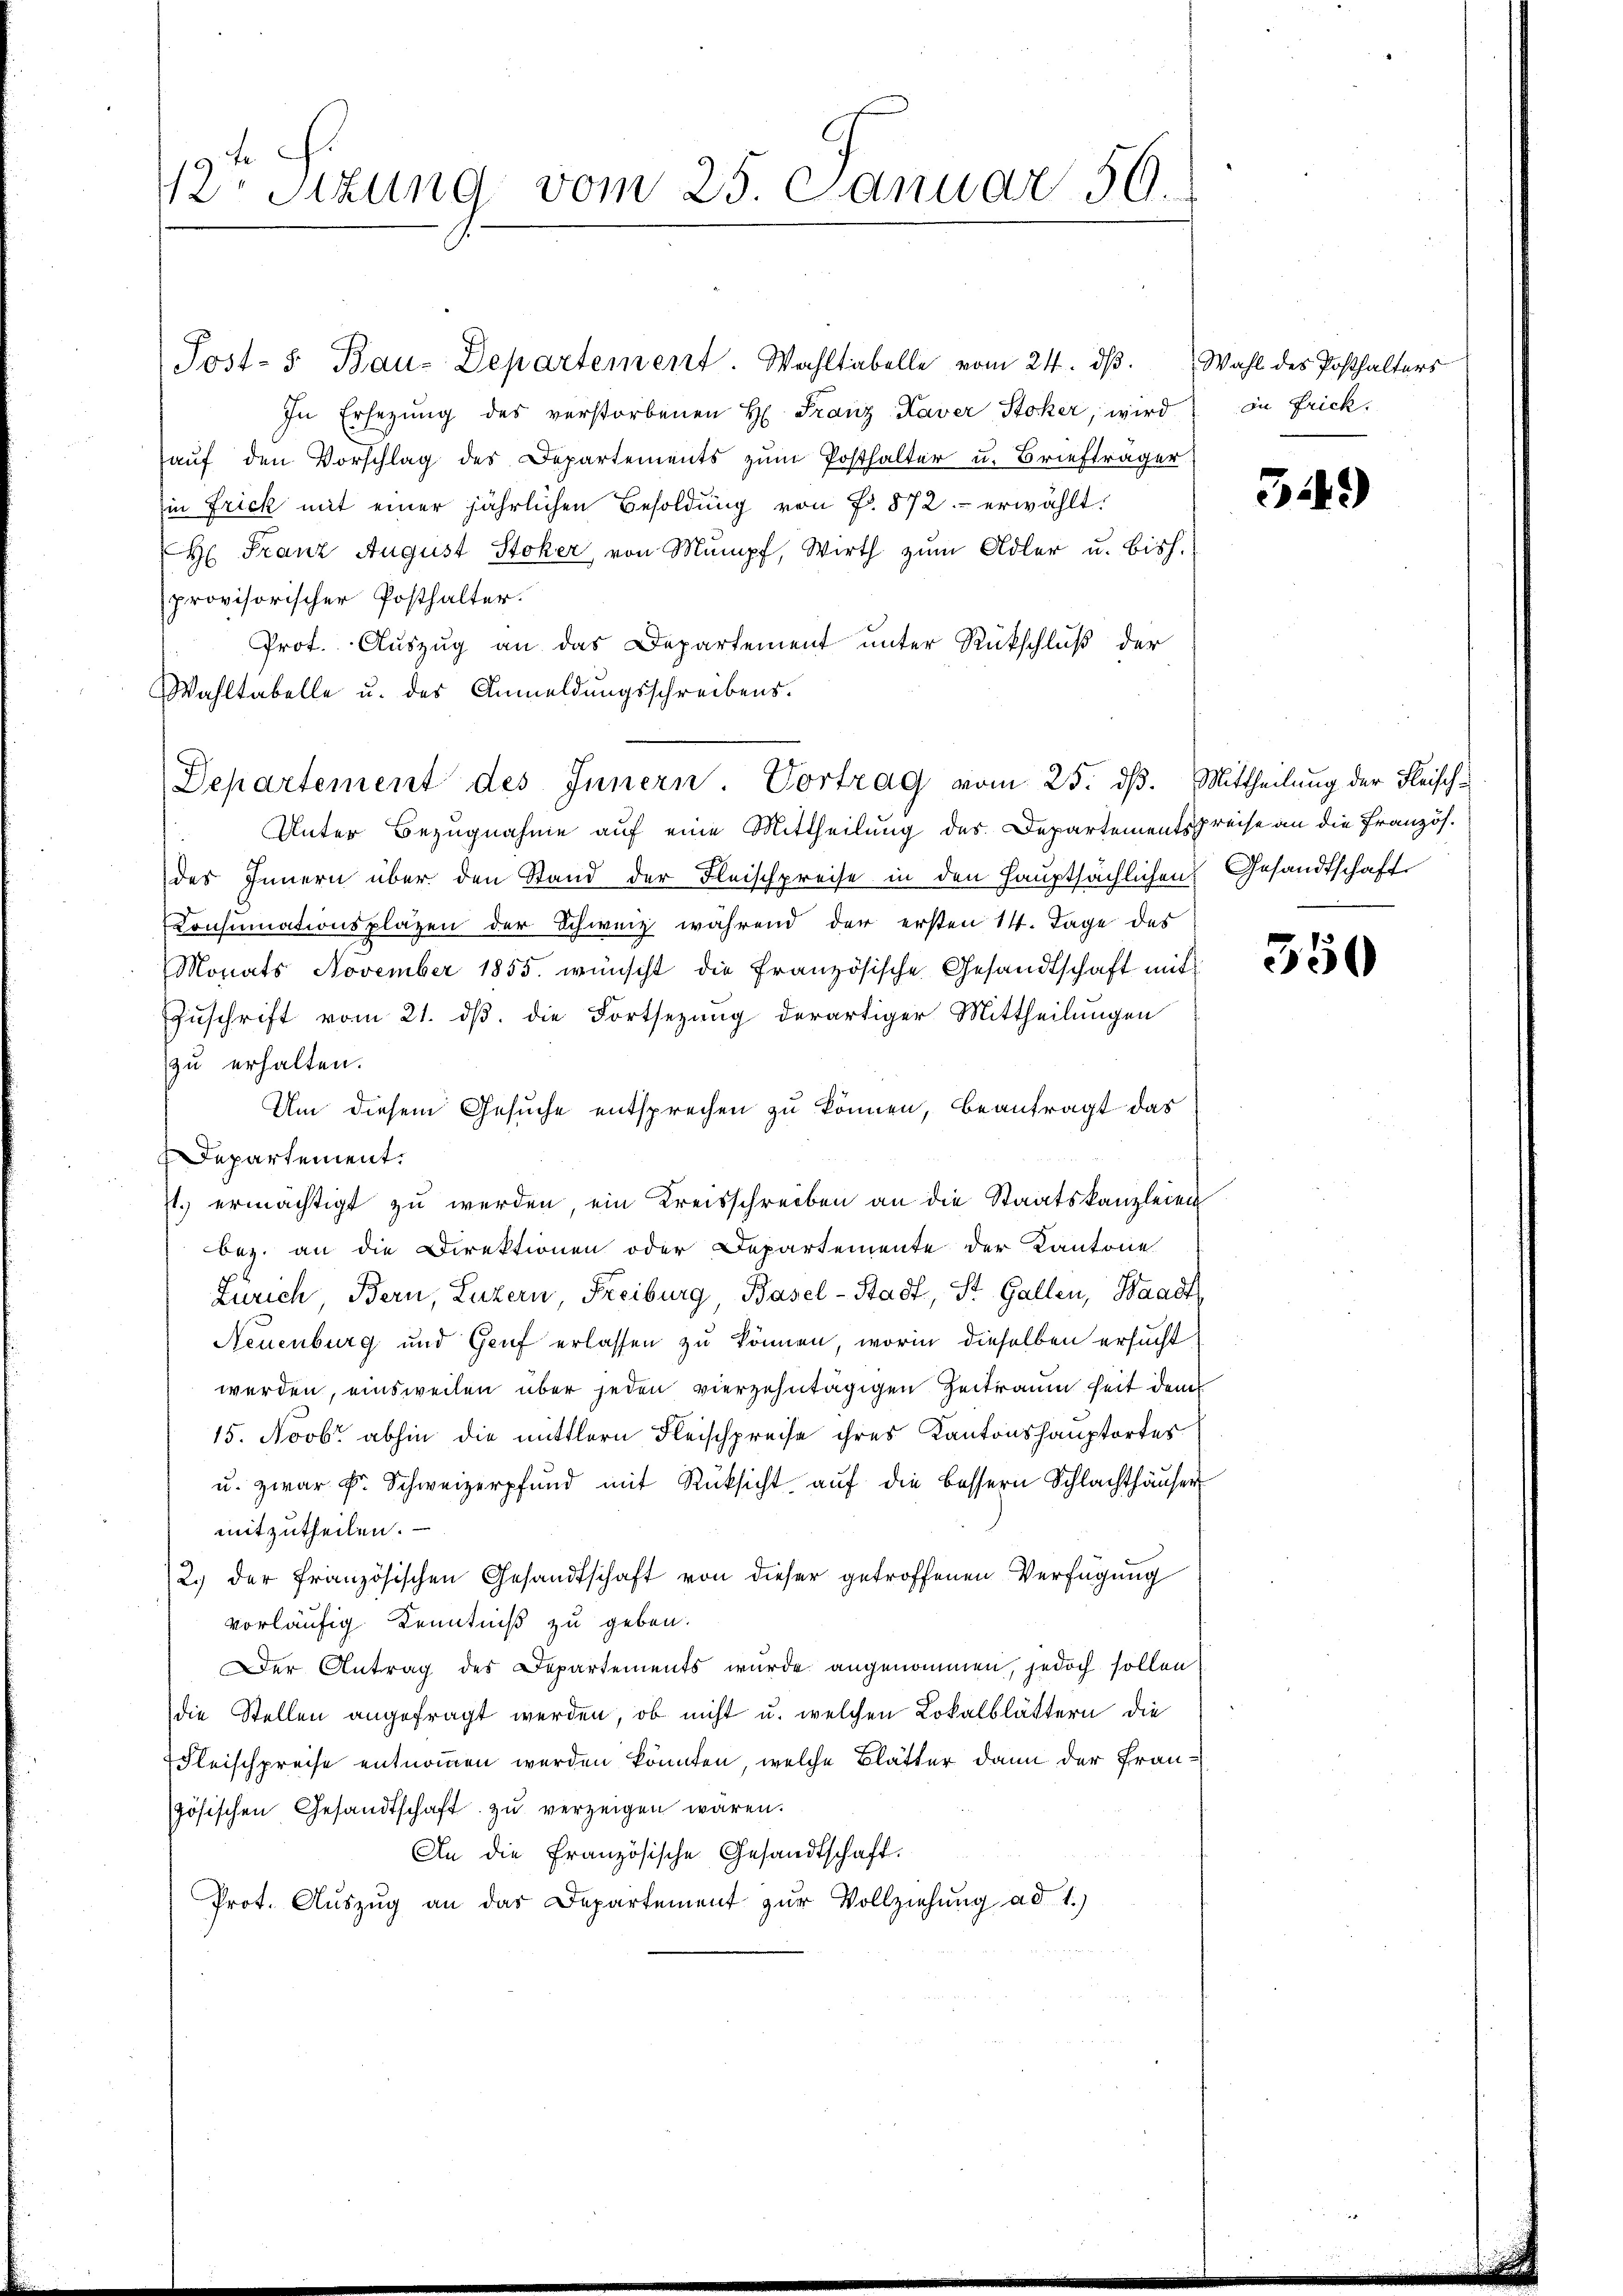
12. Sitzung vom 25. Januar 50.

Post- u Bau-Departement. Wahltabelle vom 24. dβ. Wahl des Posthalters
In Ersezung des verstorbenen H. Franz Kaver Stoker, wird
auf den Vorschlag des Departements zum Posthalter u. Briefträger
in Frick mit einer jährlichen Besoldung von P. 872 erwählt.
H: Franz August Stoker, von Mumpf, Wirth zum Adler u. bish
provisorischer Posthalter.
Prot. Auszug an das Departement unter Rückschluß der
Wahltabelle u. des Anmeldungsschreibens.
Departement des Innern Vortrag vom 25. dß. Mittheilung der Fleisch-
Unter Bezugnahme auf eine Mittheilung des Departementspreise an die Französ.
des Innern über den Stand der Fleischpreise in den Hauptsächlichen Gesandtschafte
Consumationsplatzen der Schweiz während der ersten 14. Tage des
Monats November 1855. wünscht die französische Gesandtschaft mit
Zuschrift vom 21. ds. die Fortsezung derartiger Mittheilungen
zu erhalten.
Um diesem Gesuche entsprechen zu können, beantragt das
Departement.
st. ermächtigt zu werden, ein Kreisschreiben an die Staatskanzleien
bez. an die Direktionen oder Departemente der Kantone
Zürich, Bern, Luzern, Freiburg, Basel-Stadt, St. Gallen, Waadt,
Neuenburg und Genf erlassen zu können, worin dieselben ersucht
werden, einsweilen über jeden vierzehntägigen Zeitraum heit dem
15. Novbr. abhin die mittlern Fleischpreise ihres Kantonshauptortes
u. zwar F. Schweizerpfund mit Rüksicht auf die bessern Schlachthäuser
mitzutheilen.
2.) der französischen Gesandtschaft von dieser getroffenen Verfügung
vorläufig Kenntniß zu geben.
Der Antrag des Departements wurde angenommen, jedoch sollen
die Stellen angefragt werden, ob nicht u. welchen Lokalblättern die
Fleischpreise entnommen werden könnten, welche Blätter dann der Frausösischen Gesandtschaft zu verzeigen waren.
An die Französische Gesandtschaft.
Prot. Auszug an das Departement zur Vollziehung ad 1

349)

die Frick.

350